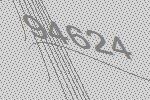
94624